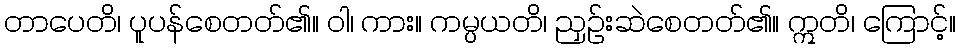
တာပေတိ၊ ပူပန်စေတတ်၏။ ဝါ၊ ကား။ ကမ္ပယတိ၊ ညှဉ်းဆဲစေတတ်၏။ ဣတိ၊ ကြောင့်။